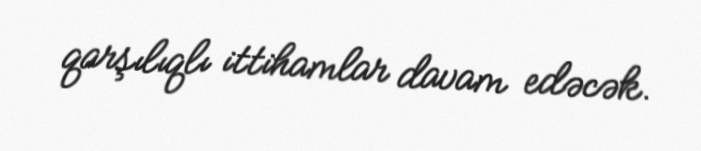
qarşılıqlı ittihamlar davam edəcək.